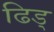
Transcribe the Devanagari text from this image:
ढिड्